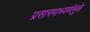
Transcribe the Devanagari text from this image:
प्रसारमाध्यमांमुळे